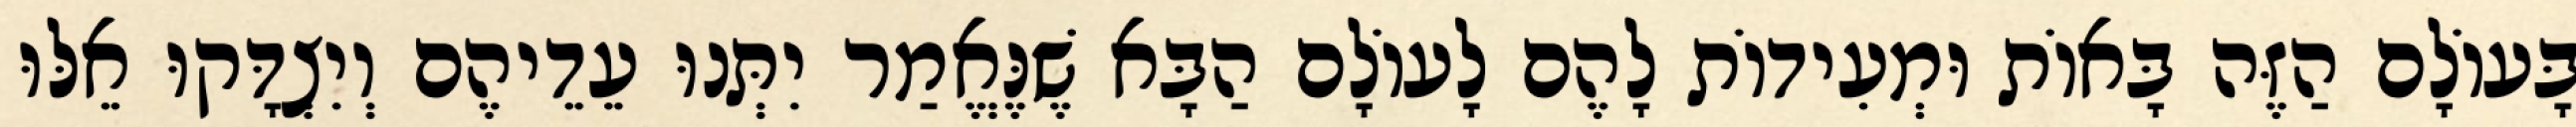
בָּעוֹלָם הַזֶּה בָּאוֹת וּמְעִידוֹת לָהֶם לָעוֹלָם הַבָּא שֶׁנֶּאֱמַר יִתְּנוּ עֵדֵיהֶם וְיִצְדָּקוּ אֵלּוּ